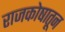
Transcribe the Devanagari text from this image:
राजकोषातून